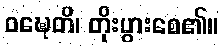
ဝဍ္ဎေတိ၊ တိုးပွားစေ၏။